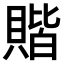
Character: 𫎝